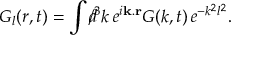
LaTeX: G _ { l } ( r , t ) = \int d \! \! \! / ^ { 3 } k \, e ^ { i { \bf k } . { \bf r } } G ( k , t ) \, e ^ { - k ^ { 2 } l ^ { 2 } } .